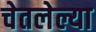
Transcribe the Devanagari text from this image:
चेतलेल्या